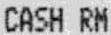
CASH RM